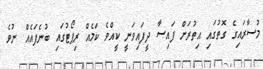
މުސާރައިގެ ގޮތުގައި އިތުރަށް ފައިސާ ދީފައިވަނީ ކީއްވެ ކަމެއް ރިޕޯޓުގައި ބުނެފައެއް ނުވެ